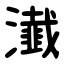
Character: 瀐